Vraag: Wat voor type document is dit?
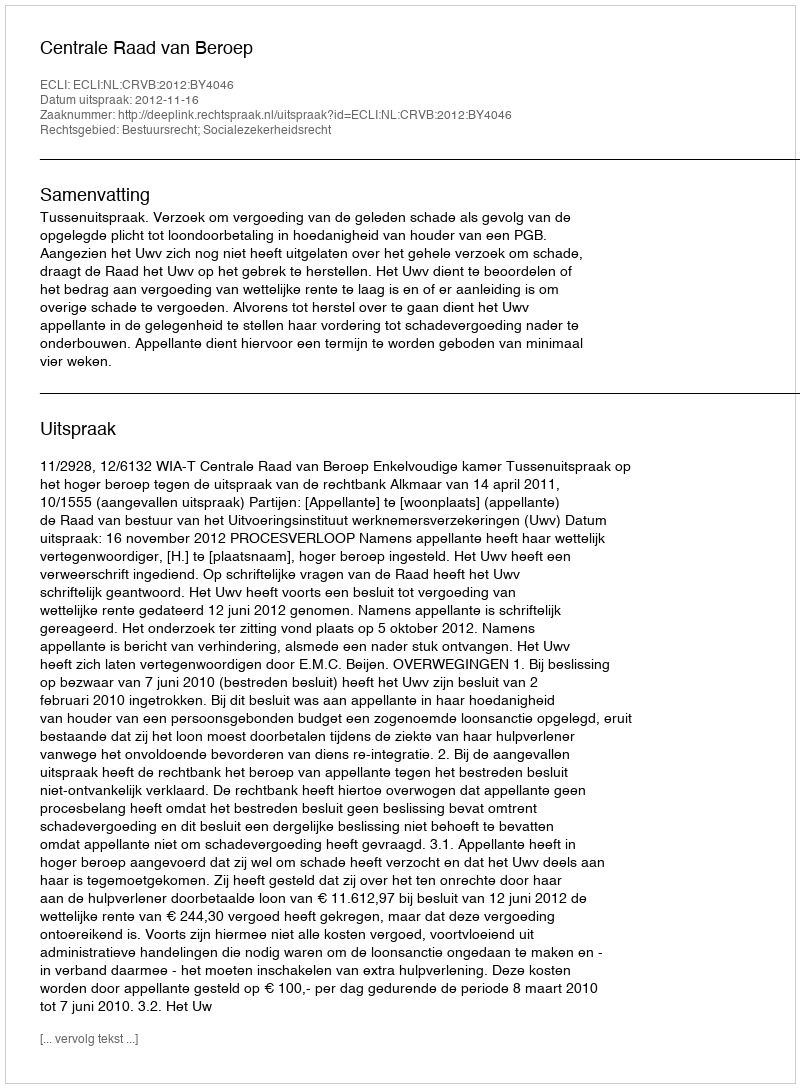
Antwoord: Uitspraak